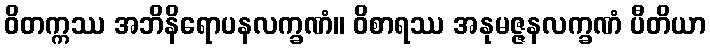
ဝိတက္ကဿ အဘိနိရောပနလက္ခဏံ။ ဝိစာရဿ အနုမဇ္ဇနလက္ခဏံ ပီတိယာ